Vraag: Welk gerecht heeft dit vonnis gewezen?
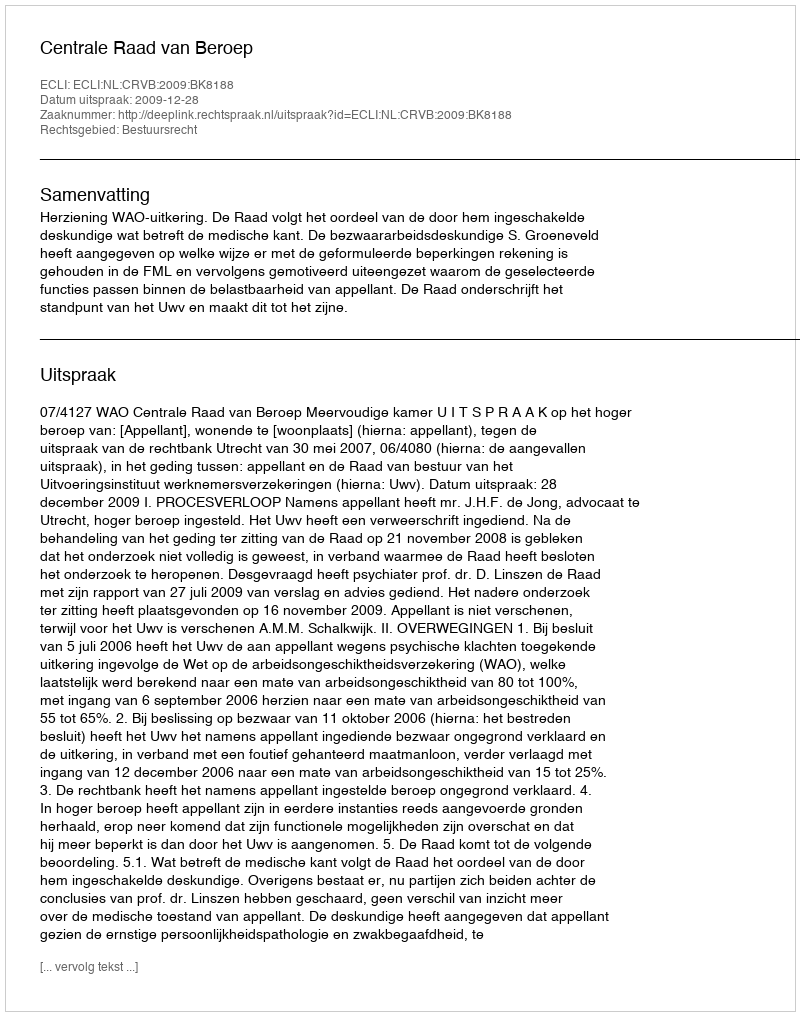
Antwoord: Centrale Raad van Beroep